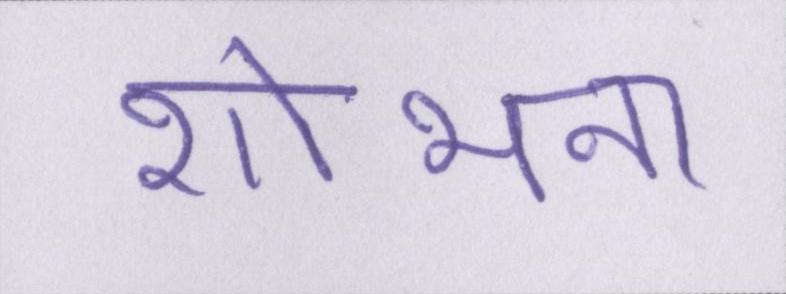
शोभना